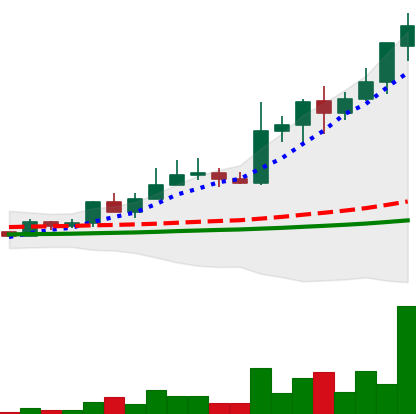
Ticker: LINK-USD
Chart end date: 2019-05-21
Forward return: -8.336%
Label: down_7plus